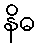
နိဓ